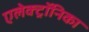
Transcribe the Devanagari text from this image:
एलेक्ट्रॉनिका